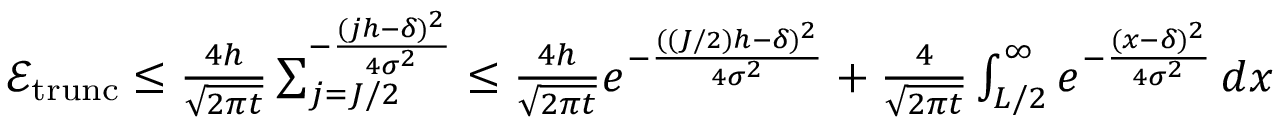
\begin{array} { r } { \mathcal { E } _ { \mathrm { t r u n c } } \leq \frac { 4 h } { \sqrt { 2 \pi t } } \sum _ { j = J / 2 } ^ { - \frac { ( j h - \delta ) ^ { 2 } } { 4 \sigma ^ { 2 } } } \leq \frac { 4 h } { \sqrt { 2 \pi t } } e ^ { - \frac { ( ( J / 2 ) h - \delta ) ^ { 2 } } { 4 \sigma ^ { 2 } } } + \frac { 4 } { \sqrt { 2 \pi t } } \int _ { L / 2 } ^ { \infty } e ^ { - \frac { ( x - \delta ) ^ { 2 } } { 4 \sigma ^ { 2 } } } \, d x } \end{array}